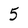
Character: 5